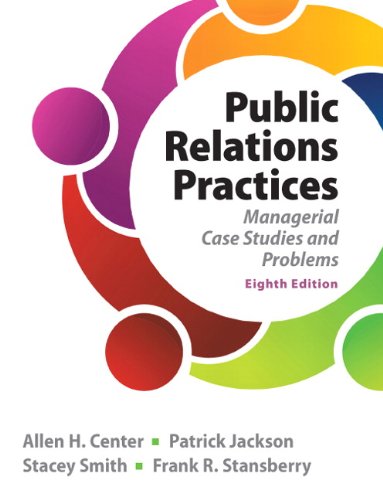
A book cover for Public Relations Practices (8th Edition); Allen H Center; Business & Money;